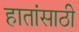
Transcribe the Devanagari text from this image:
हातांसाठी